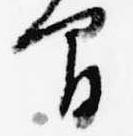
間